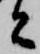
と